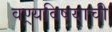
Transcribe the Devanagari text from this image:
वण्र्यविषयाची